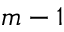
m - 1